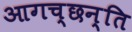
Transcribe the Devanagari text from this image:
आगच्छन्ति